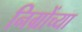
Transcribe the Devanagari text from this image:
निग्रोंच्या